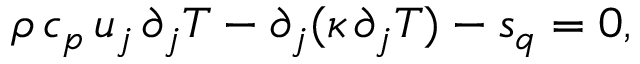
\rho \, c _ { p } \, u _ { j } \, \partial _ { j } T - \partial _ { j } ( \kappa \, \partial _ { j } T ) - s _ { q } = 0 ,